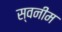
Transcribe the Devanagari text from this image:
स्वनीम